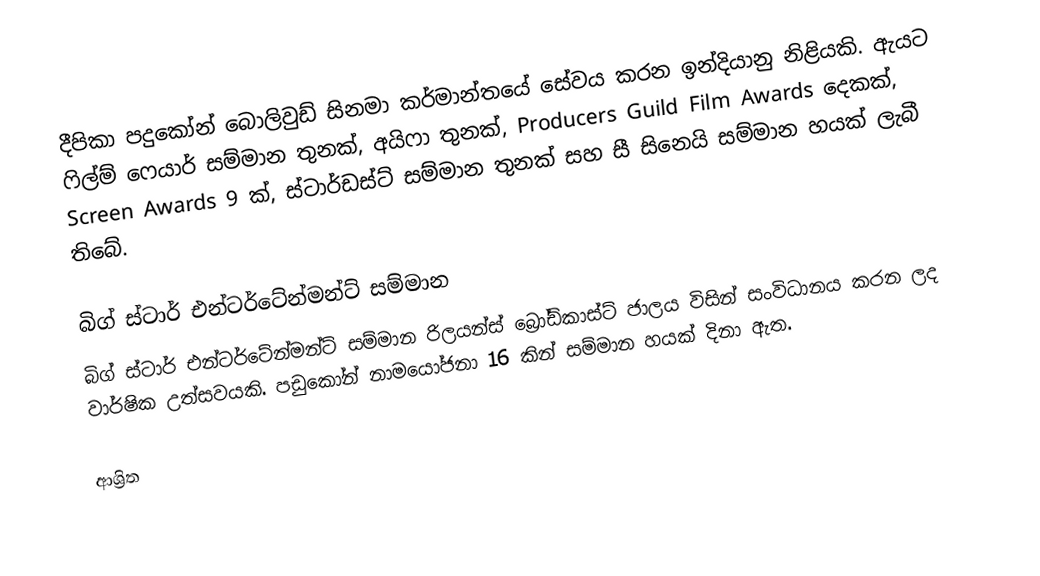
දීපිකා පදුකෝන් බොලිවුඩ් සිනමා කර්මාන්තයේ සේවය කරන ඉන්දියානු නිළියකි. ඇයට ෆිල්ම් ෆෙයාර් සම්මාන තුනක්, අයිෆා තුනක්, Producers Guild Film Awards දෙකක්, Screen Awards 9 ක්, ස්ටාර්ඩස්ට් සම්මාන තුනක් සහ සී සිනෙයි සම්මාන හයක් ලැබී තිබේ.

බිග් ස්ටාර් එන්ටර්ටේන්මන්ට් සම්මාන
බිග් ස්ටාර් එන්ටර්ටේන්මන්ට් සම්මාන රිලයන්ස් බ්‍රෝඩ්කාස්ට් ජාලය  විසින් සංවිධානය කරන ලද වාර්ෂික උත්සවයකි. පඩුකෝන් නාමයෝජනා 16 කින් සම්මාන හයක් දිනා ඇත.

ආශ්‍රිත